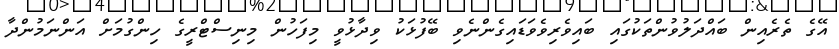
އޭގެ ތެރެއިން ބައްދަލުވުންތަކުގައި ބައިވެރިވެވަޑައިގެންނެވި ބޭފުޅަކު ވިދާޅުވީ މިފަހުން މިނިސްޓްރީގެ ހިންގުމަށް އަންނަމުންދާ